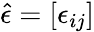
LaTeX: \hat{\epsilon}=[\epsilon_{ij}]